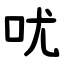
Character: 㕱